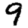
Digit: 9